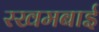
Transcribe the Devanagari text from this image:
रखमबाई